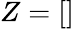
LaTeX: Z=[]